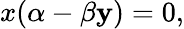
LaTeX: x(\alpha-\beta\mathbf{y})=0,